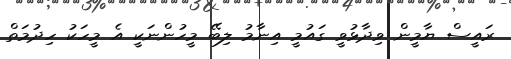
ރައީސް ޔާމީން ވިދާޅުވީ ގައުމީ އިނާމު ލިބޭ މީހުންނަކީ އެ މީހަކު ހިދުމަތް